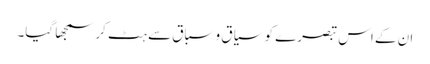
ان کے اس تبصرے کو سیاق و سباق سے ہٹ کر سمجھا گیا۔